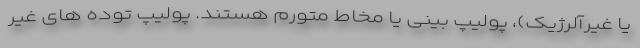
یا غیرآلرژیک)، پولیپ بینی یا مخاط متورم هستند. پولیپ توده های غیر